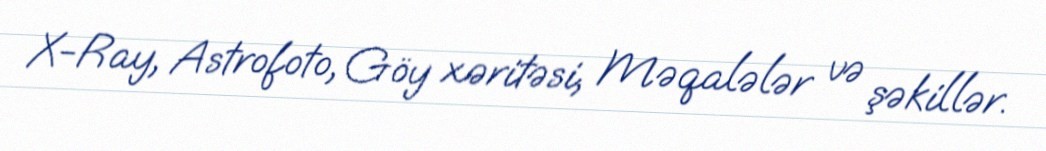
X-Ray, Astrofoto, Göy xəritəsi, Məqalələr və şəkillər.